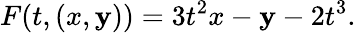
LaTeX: F(t,(x,\mathbf{y}))=3t^{2}x-\mathbf{y}-2t^{3}.